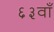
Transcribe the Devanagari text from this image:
६३वाँ